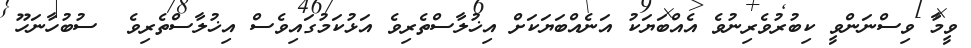
ވީމާ ވިސްނަންވީ ކިބުރުވެރިނުވެ އެއްބަޔަކު އަނެއްބަޔަކަށް އިޚުލާސްތެރިވެ އަޅުކަމުގައިވެސް އިޚުލާސްތެރިވެ  ސުބުހާނަހޫ